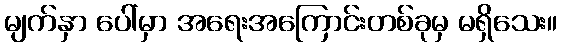
မျက်နှာ ပေါ်မှာ အရေးအကြောင်းတစ်ခုမှ မရှိသေး။